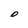
Character: D